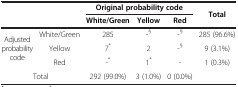
| <COLSPAN=2>  | <COLSPAN=3> Original probability code | Total |
 |  |  | White/Green | Yellow | Red |  |
 | --- | --- | --- | --- | --- | --- |
 | <ROWSPAN=3> Adjusted probability code | White/Green | 285 | -§ | -§ | 285 (96.6%) |
 | Yellow | 7* | 2 | -§ | 9 (3.1%) |
 | Red | -* | 1* | - | 1 (0.3%) |
 | <COLSPAN=2> Total | 292 (99.0%) | 3 (1.0%) | 0 (0.0%) |  |